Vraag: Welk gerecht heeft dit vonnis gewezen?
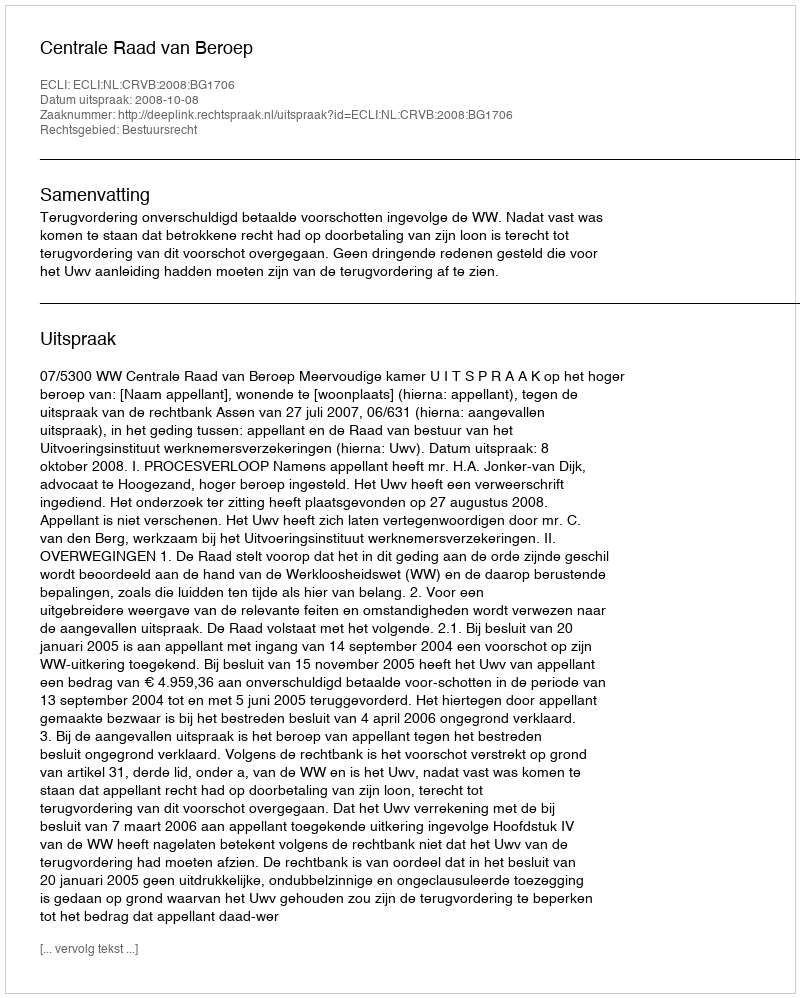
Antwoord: Centrale Raad van Beroep